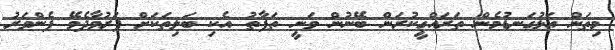
މިތަން އަޅުގަނޑުމެން ތަރައްގީކުރަން ބޭނުން ވަނީ ތަފާތު އެކި ބަލިތަކަށް ފަރުވާދެވޭ ފެންވަރު